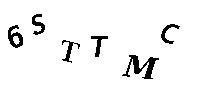
6STTMC